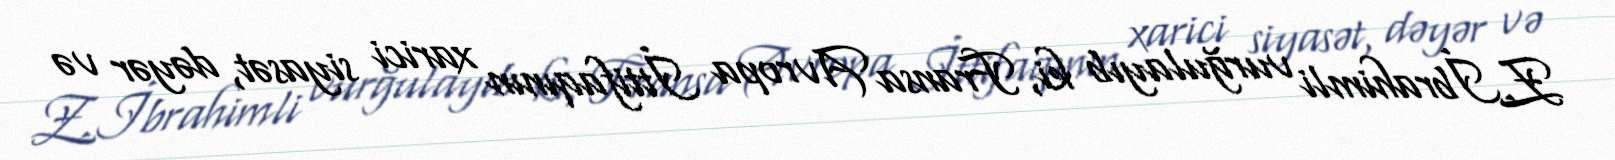
Z.İbrahimli vurğulayıb ki, Fransa Avropa İttifaqının xarici siyasət, dəyər və